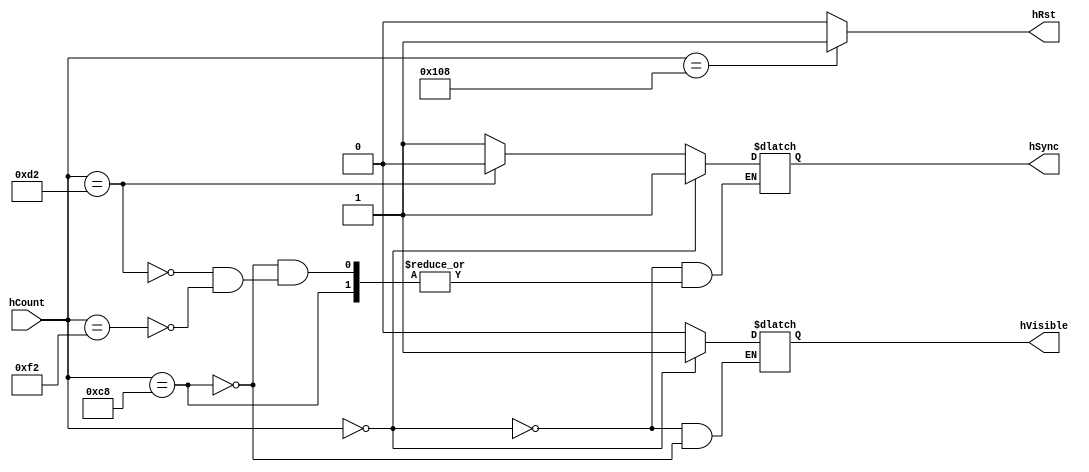
module hSyncGen (
        input [8:0] hCount,
        output reg hVisible,
        output reg hSync,
        output hRst
);

        assign hRst = (hCount == 264) ? 1'b1 : 1'b0;

        always @ (hCount)
        begin
                if(hCount == 0)
                begin
                        hVisible <= 1'b1;
                        hSync <= 1'b1;
               	end
               	
                else if(hCount == 200)
                        hVisible <= 1'b0;
                        
                else if(hCount == 210)
                        hSync <= 1'b0;
                
                else if(hCount == 242)
                        hSync <= 1'b1;
                
        end

endmodule